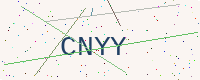
Text: CNYY